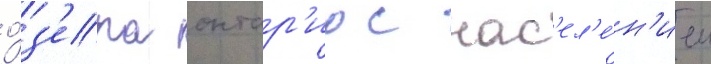
о́з'ера онтар'ио с нас'ел'е́н'ием